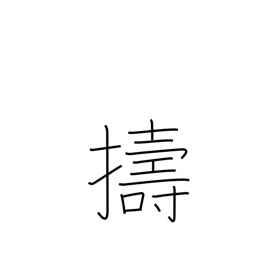
Meaning: pound